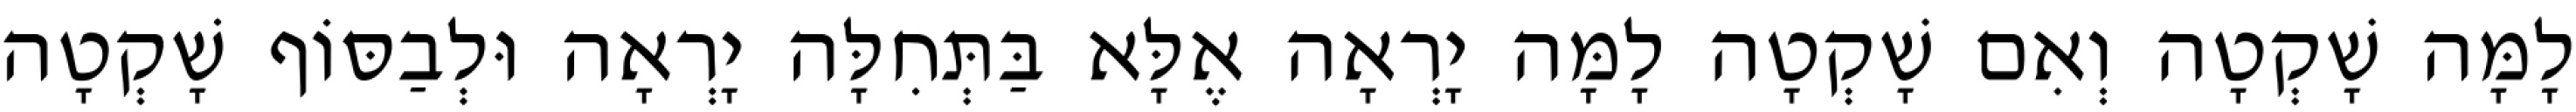
לָמָּה שָׁקְטָה וְאִם שָׁקְטָה לָמָּה יָרְאָה אֶלָּא בַּתְּחִלָּה יָרְאָה וּלְבַסּוֹף שָׁקְטָה